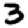
Digit: 3